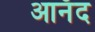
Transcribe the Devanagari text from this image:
आनँद